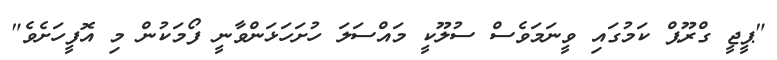
"ޕީޖީ ގްރޫޕް ކަމުގައި ވީނަމަވެސް ސުލޫކީ މައްސަލަ ހުށަހަޅަންވާނީ ފޯމަކުން މި އޮފީހަށެވެ"